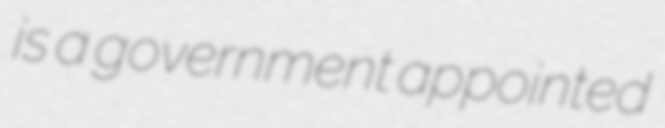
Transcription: is a government appointed